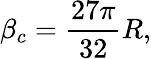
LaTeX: \beta_{c}={\frac{27\pi}{32}}R,